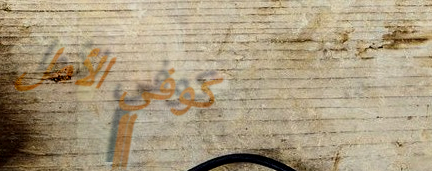
كوفي الأمل